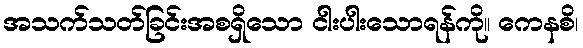
အသက်သတ်ခြင်းအစရှိသော ငါးပါးသောရန်ကို။ ကေနစိ၊